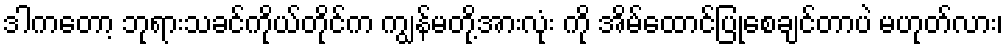
ဒါကတော့ ဘုရားသခင်ကိုယ်တိုင်က ကျွန်မတို့အားလုံး ကို အိမ်ထောင်ပြုစေချင်တာပဲ မဟုတ်လား၊